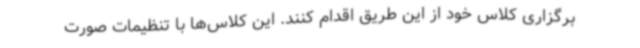
برگزاری کلاس خود از این طریق اقدام کنند. این کلاس‌ها با تنظیمات صورت